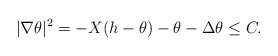
\begin{align*} |\nabla\theta|^2=-X(h-\theta)-\theta-\Delta\theta\le C.\end{align*}